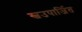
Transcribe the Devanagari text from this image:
स्वउपार्जित